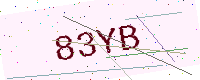
Text: 83YB